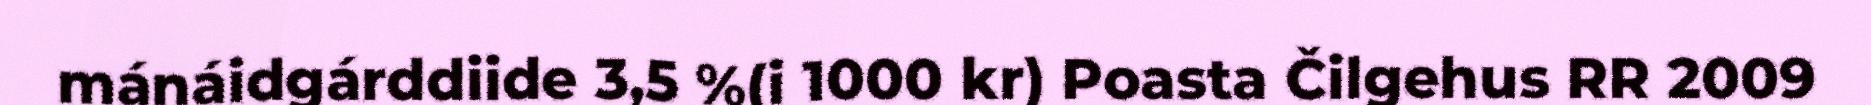
mánáidgárddiide 3,5 %(i 1000 kr) Poasta Čilgehus RR 2009